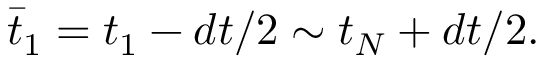
\begin{array} { r } { \bar { t } _ { 1 } = { t } _ { 1 } - d t / 2 \sim { t } _ { N } + d t / 2 . } \end{array}